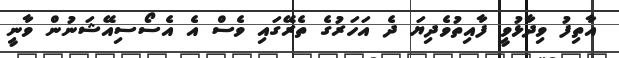
އާތިފު ވިދާޅުވީ ފާއިތުވެދިޔަ ދެ އަހަރުގެ ތެރޭގައި ވެސް އެ އެސޯސިއޭޝަނުން ވާނީ